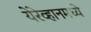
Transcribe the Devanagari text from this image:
येरेव्हानमध्ये